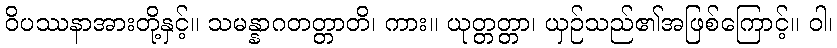
ဝိပဿနာအားတို့နှင့်။ သမန္နာဂတတ္တာတိ၊ ကား။ ယုတ္တတ္တာ၊ ယှဉ်သည်၏အဖြစ်ကြောင့်။ ဝါ၊